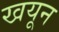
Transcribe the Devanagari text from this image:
खयून